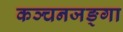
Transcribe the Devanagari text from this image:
कञ्चनजङ्गा